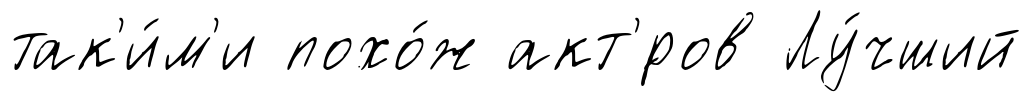
так'и́м'и похо́ж акт'́ров Лу́чший